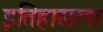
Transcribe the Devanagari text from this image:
इतिहासला